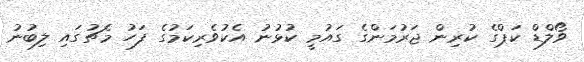
ވޯލްޑް ކަޕްގެ ކުރިން ޖަރުމަންގެ ގައުމީ ކުޅުނު އެކުވެރިކަމުގެ ފަހު މެޗުގައިި ލިބުނު